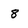
Character: 8